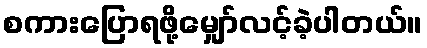
စကားပြောရဖို့မျှော်လင့်ခဲ့ပါတယ်။